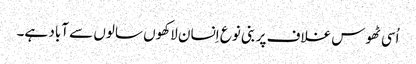
اُسی ٹھوس غلاف پر بنی نوع اِنسان لاکھوں سالوں سے آباد ہے۔